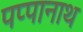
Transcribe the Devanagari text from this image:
पप्पानाथ